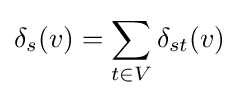
\delta _{s}(v)=\sum _{t\in V}\delta _{st}(v)